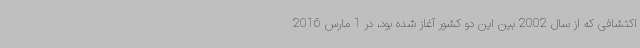
اکتشافی که از سال 2002 بین این دو کشور آغاز شده بود، در 1 مارس 2016